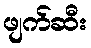
ဖျက်ဆီး